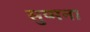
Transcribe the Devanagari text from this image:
सुष्मना